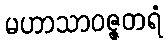
မဟာသာဝဇ္ဇတရံ